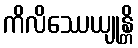
ကိလိဿေယျုန္တိ